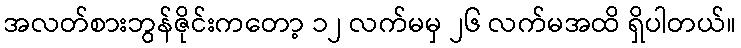
အလတ်စားဘွန်ဇိုင်းကတော့ ၁၂ လက်မမှ ၂၆ လက်မအထိ ရှိပါတယ်။